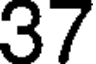
37